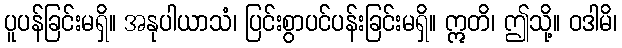
ပူပန်ခြင်းမရှိ။ အနုပါယာသံ၊ ပြင်းစွာပင်ပန်းခြင်းမရှိ။ ဣတိ၊ ဤသို့။ ဝဒါမိ၊